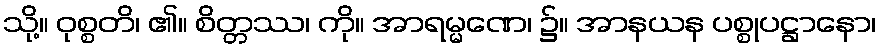
သို့။ ဝုစ္စတိ၊ ၏။ စိတ္တဿ၊ ကို။ အာရမ္မဏေ၊ ၌။ အာနယန ပစ္စုပဋ္ဌာနော၊